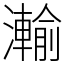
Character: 瀭